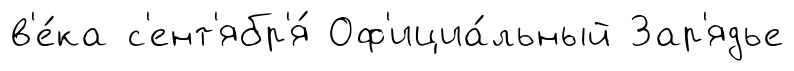
в'е́ка с'ент'ябр'я́ Оф'ициа́льный Зар'ядье